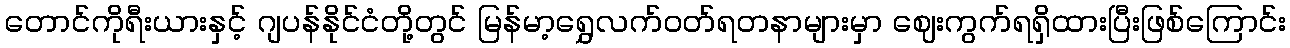
တောင်ကိုရီးယားနှင့် ဂျပန်နိုင်ငံတို့တွင် မြန်မာ့ရွှေလက်ဝတ်ရတနာများမှာ ဈေးကွက်ရရှိထားပြီးဖြစ်ကြောင်း